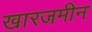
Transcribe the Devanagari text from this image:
खारजमीन